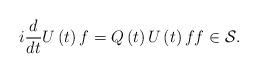
LaTeX: \begin{align*}i\frac{d}{dt}U\left( t\right) f=Q\left( t\right) U\left( t\right)ff\in\mathcal{S}.\end{align*}